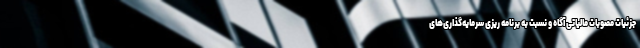
جزئیات مصوبات مالیاتی آگاه و نسبت به برنامه ریزی سرمایه‌گذاری‌های